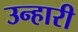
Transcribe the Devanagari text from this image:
उन्हारी